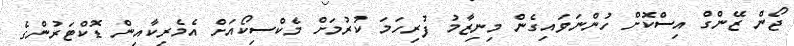
ޖޯން ޒޭންގް އިސްކޮށް ހުންނަވައިގެން މިނިޒާމު ފުރިހަމަ ކުރުމަށް މެކްސިކޯއަށް އެމެރިކާއިން ޑޮކްޓަރުންގެ